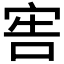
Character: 𡨟